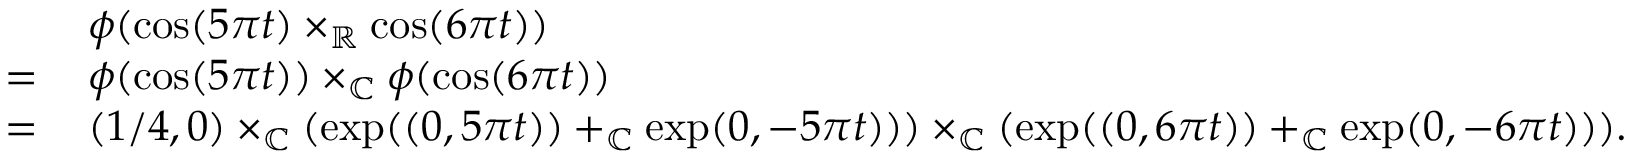
\begin{array} { r l } & { \phi ( \cos ( 5 \pi t ) \times _ { \mathbb { R } } \cos ( 6 \pi t ) ) } \\ { = \, } & { \phi ( \cos ( 5 \pi t ) ) \times _ { \mathbb { C } } \phi ( \cos ( 6 \pi t ) ) } \\ { = \, } & { ( 1 / 4 , 0 ) \times _ { \mathbb { C } } ( \exp ( ( 0 , 5 \pi t ) ) + _ { \mathbb { C } } \exp ( 0 , - 5 \pi t ) ) ) \times _ { \mathbb { C } } ( \exp ( ( 0 , 6 \pi t ) ) + _ { \mathbb { C } } \exp ( 0 , - 6 \pi t ) ) ) . } \end{array}